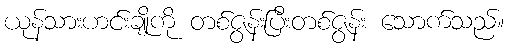
ယုန်သားဟင်းချိုကို တစ်ဇွန်းပြီးတစ်ဇွန်း သောက်သည်။